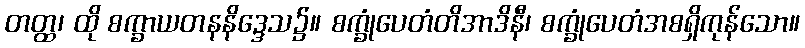
တတ္ထ၊ ထို စက္ခာယတနနိဒ္ဒေသ၌။ စက္ခုံပေတံတိအာဒိနီ၊ စက္ခုံပေတံအစရှိကုန်သော။